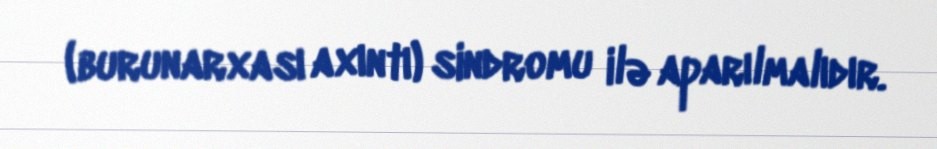
(burunarxası axıntı) sindromu ilə aparılmalıdır.